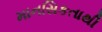
માનસિકતાથી